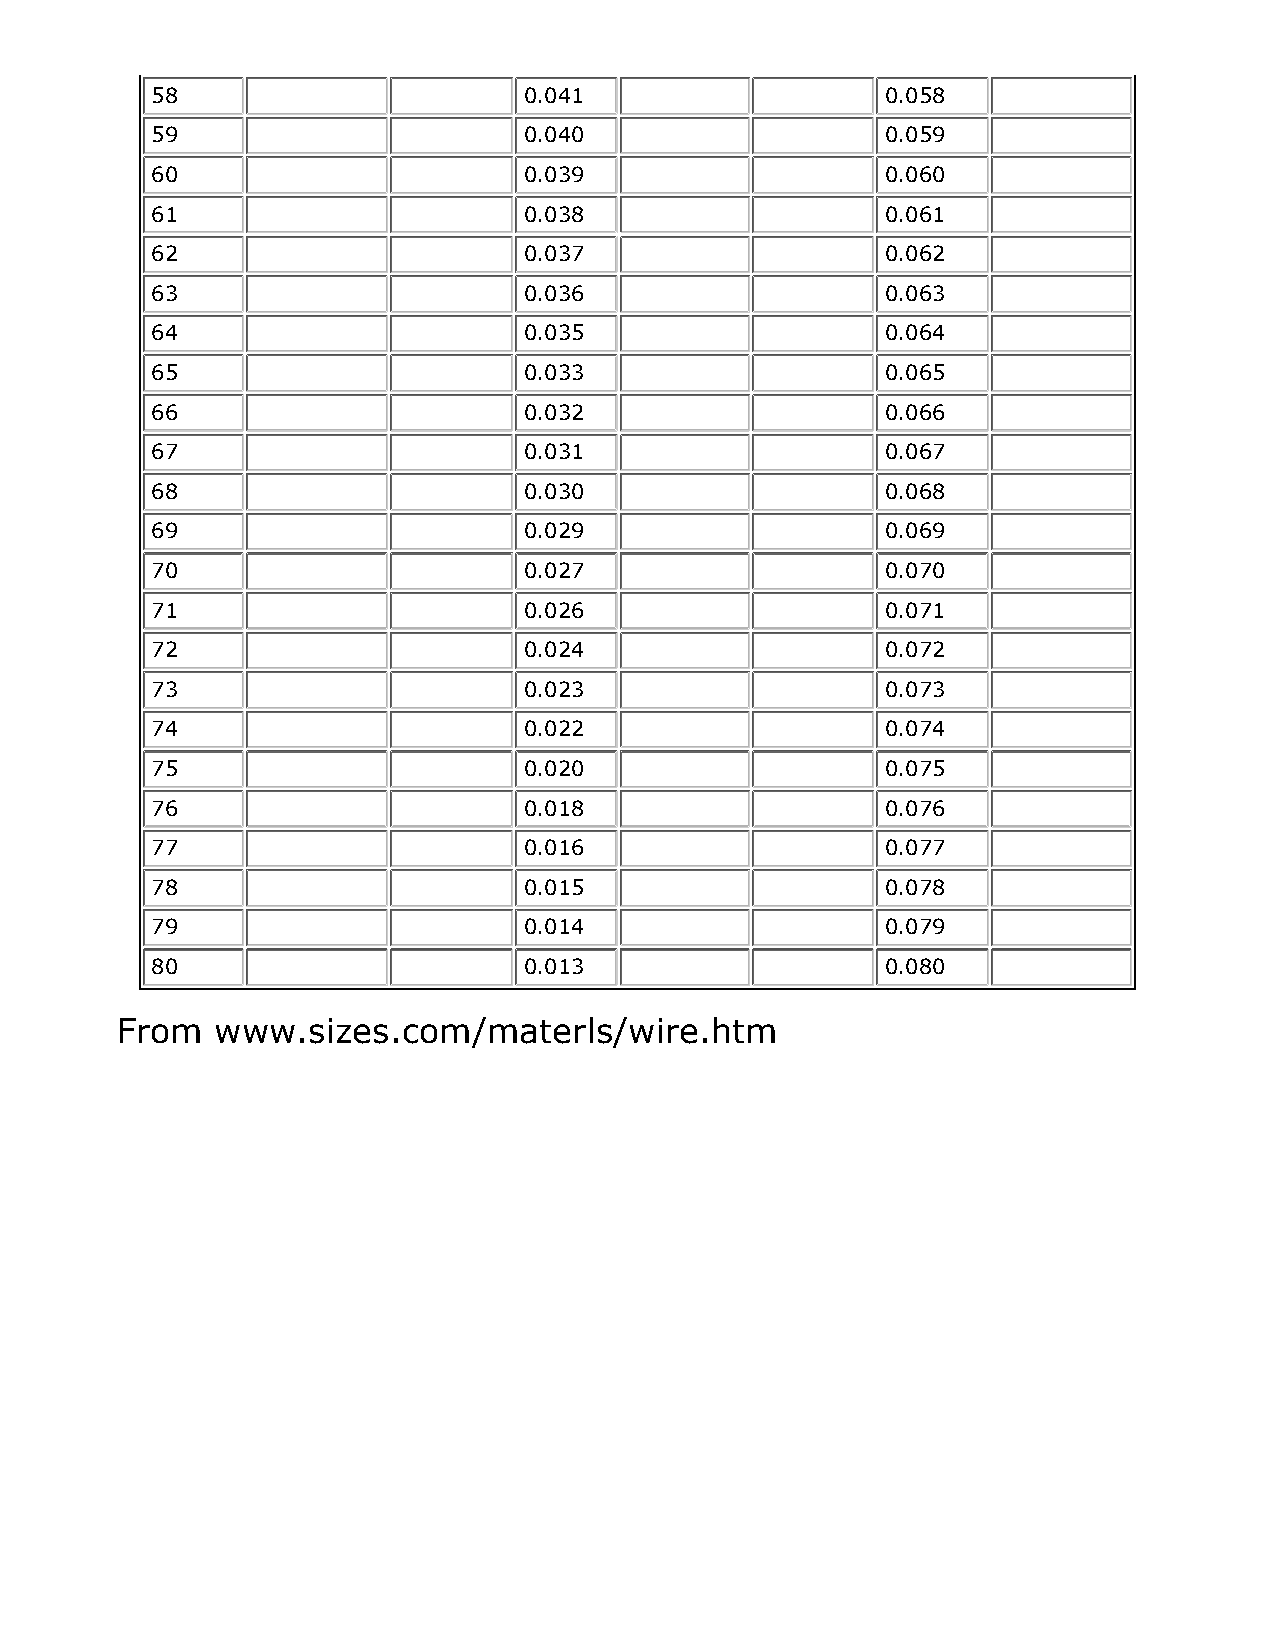
58                       0.041                   0.058
 59                       0.040                   0.059
 60                       0.039                   0.060
 61                       0.038                   0.061
 62                       0.037                   0.062
 63                       0.036                   0.063
 64                       0.035                   0.064
 65                       0.033                   0.065
 66                       0.032                   0.066
 67                       0.031                   0.067
 68                       0.030                   0.068
 69                       0.029                   0.069
 70                       0.027                   0.070
 71                       0.026                   0.071
 72                       0.024                   0.072
 73                       0.023                   0.073
 74                       0.022                   0.074
 75                       0.020                   0.075
 76                       0.018                   0.076
 77                       0.016                   0.077
 78                       0.015                   0.078
 79                       0.014                   0.079
 80                       0.013                   0.080
 From  www.sizes.com/materls/wire.htm